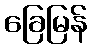
ခြေမြန်